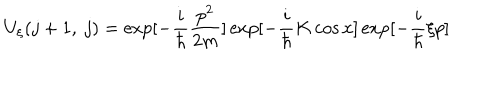
LaTeX: U _ { \xi } ( j + 1 , ~ j ) = \exp [ - \frac { i } { \hbar } \frac { p ^ { 2 } } { 2 m } ] \exp [ - \frac { i } { \hbar } K \cos x ] \exp [ - \frac { i } { \hbar } \xi p ]